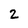
Character: 2